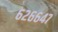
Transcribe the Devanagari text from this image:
६२६६४७